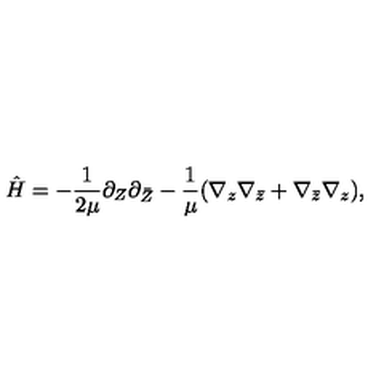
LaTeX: \hat { H } = - { \frac { 1 } { 2 \mu } } \partial _ { Z } \partial _ { \bar { Z } } - \frac { 1 } { \mu } ( \nabla _ { z } \nabla _ { \bar { z } } + \nabla _ { \bar { z } } \nabla _ { z } ) ,